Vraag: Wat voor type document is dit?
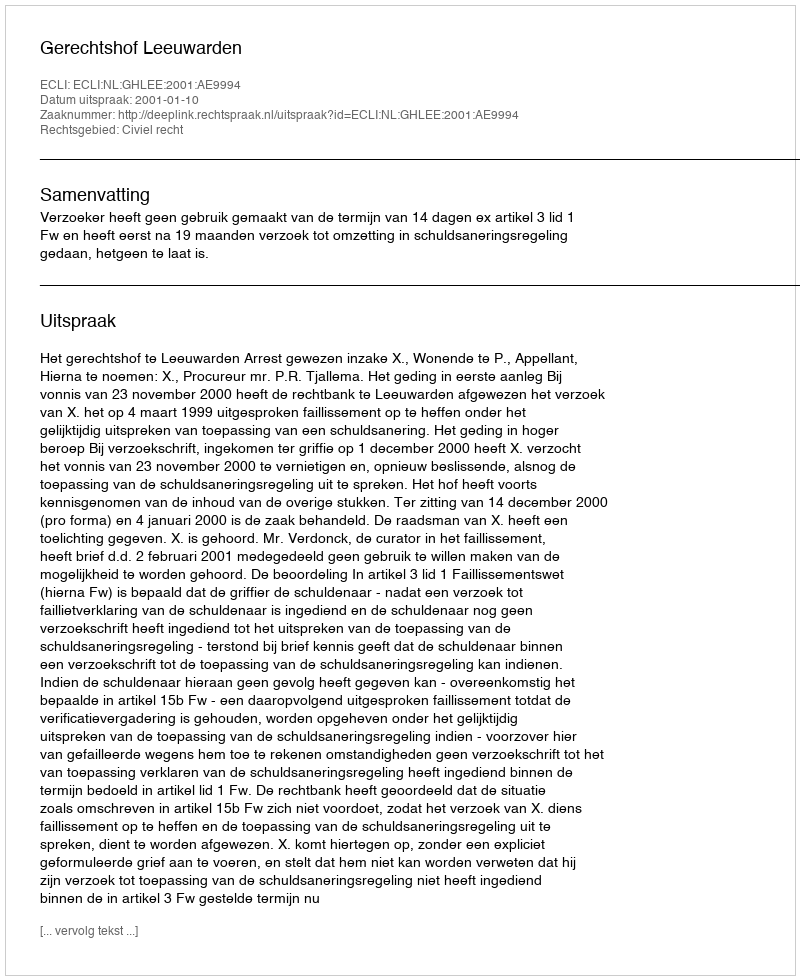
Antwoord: Uitspraak